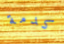
كدمة